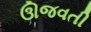
ઊજવતી